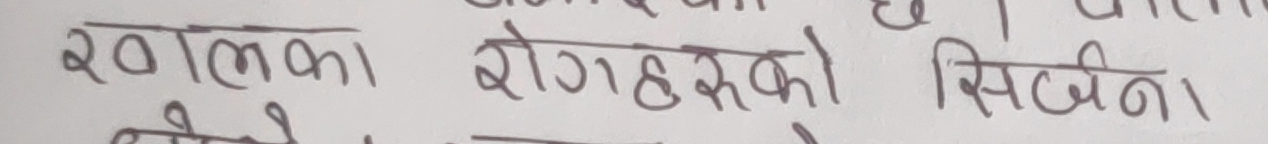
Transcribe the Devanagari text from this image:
खालका रोगहरुको सिर्जना